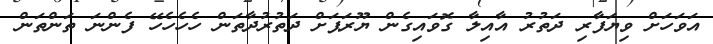
އަވަހަށް ވިޔަފާރި ދަތުރު އާއިލާ ގޮވައިގެން ޔޫރަޕަށް ދަތުރުދާތަން ހެހެހެހޭ ފެންނަ ތަންތަން